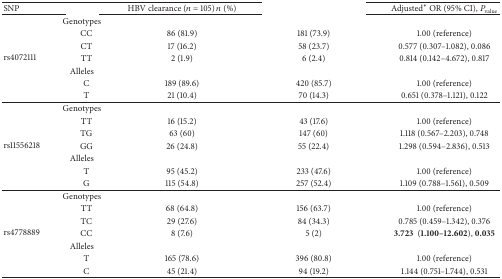
<table><thead><tr><td><b>SNP</b></td><td>[EMPTY_CELL]</td><td><b>HBV clearance (<i>n</i> = 105) <i>n</i> (%)</b></td><td>[EMPTY_CELL]</td><td><b>Adjusted<sup>*</sup> OR (95% CI), <i>P</i><sub>value</sub></b></td></tr></thead><tbody><tr><td rowspan="7">rs4072111</td><td>Genotypes</td><td>[EMPTY_CELL]</td><td>[EMPTY_CELL]</td><td>[EMPTY_CELL]</td></tr><tr><td> CC</td><td>86 (81.9)</td><td>181 (73.9)</td><td>1.00 (reference)</td></tr><tr><td> CT</td><td>17 (16.2)</td><td>58 (23.7)</td><td>0.577 (0.307–1.082), 0.086</td></tr><tr><td> TT</td><td>2 (1.9)</td><td>6 (2.4)</td><td>0.814 (0.142–4.672), 0.817</td></tr><tr><td>Alleles</td><td>[EMPTY_CELL]</td><td>[EMPTY_CELL]</td><td>[EMPTY_CELL]</td></tr><tr><td> C</td><td>189 (89.6)</td><td>420 (85.7)</td><td>1.00 (reference)</td></tr><tr><td> T</td><td>21 (10.4)</td><td>70 (14.3)</td><td>0.651 (0.378–1.121), 0.122</td></tr><tr><td rowspan="7">rs11556218</td><td>Genotypes</td><td>[EMPTY_CELL]</td><td>[EMPTY_CELL]</td><td>[EMPTY_CELL]</td></tr><tr><td> TT</td><td>16 (15.2)</td><td>43 (17.6)</td><td>1.00 (reference)</td></tr><tr><td> TG</td><td>63 (60)</td><td>147 (60)</td><td>1.118 (0.567–2.203), 0.748</td></tr><tr><td> GG</td><td>26 (24.8)</td><td>55 (22.4)</td><td>1.298 (0.594–2.836), 0.513</td></tr><tr><td>Alleles</td><td>[EMPTY_CELL]</td><td>[EMPTY_CELL]</td><td>[EMPTY_CELL]</td></tr><tr><td> T</td><td>95 (45.2)</td><td>233 (47.6)</td><td>1.00 (reference)</td></tr><tr><td> G</td><td>115 (54.8)</td><td>257 (52.4)</td><td>1.109 (0.788–1.561), 0.509</td></tr><tr><td rowspan="7">rs4778889</td><td>Genotypes</td><td>[EMPTY_CELL]</td><td>[EMPTY_CELL]</td><td>[EMPTY_CELL]</td></tr><tr><td> TT</td><td>68 (64.8)</td><td>156 (63.7)</td><td>1.00 (reference)</td></tr><tr><td> TC</td><td>29 (27.6)</td><td>84 (34.3)</td><td>0.785 (0.459–1.342), 0.376</td></tr><tr><td> CC</td><td>8 (7.6)</td><td>5 (2)</td><td><b>3.723 </b> (<b>1.100–12.602</b>), <b>0.035</b></td></tr><tr><td>Alleles</td><td>[EMPTY_CELL]</td><td>[EMPTY_CELL]</td><td>[EMPTY_CELL]</td></tr><tr><td> T</td><td>165 (78.6)</td><td>396 (80.8)</td><td>1.00 (reference)</td></tr><tr><td> C</td><td>45 (21.4)</td><td>94 (19.2)</td><td>1.144 (0.751–1.744), 0.531</td></tr></tbody></table>